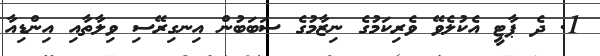
1. ދެ ޕާޓީ އެކުލެވޭ ވެރިކަމުގެ ނިޒާމުގެ ސަބަބުން އިނގިރޭސި ވިލާތާއި އިންޑިއާ